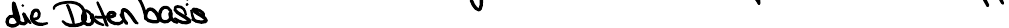
die Datenbasis